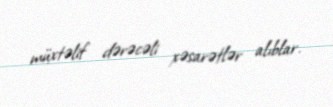
müxtəlif dərəcəli xəsarətlər alıblar.